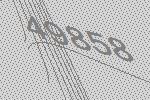
49858